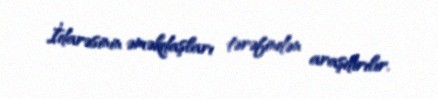
İdarəsinin əməkdaşları tərəfindən araşdırılır.